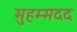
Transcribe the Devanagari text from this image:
मुहम्मदद